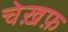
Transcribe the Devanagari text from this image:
चेख़फ़